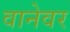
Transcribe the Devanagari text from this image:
वानेवर